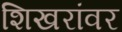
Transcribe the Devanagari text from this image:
शिखरांवर